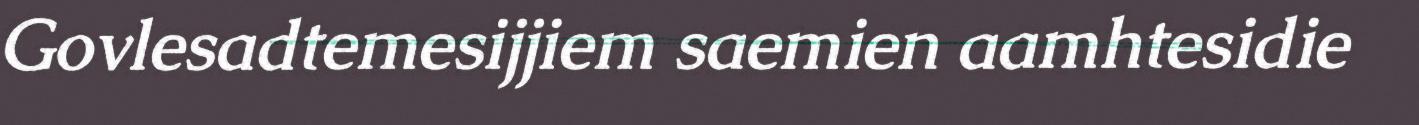
Govlesadtemesijjiem saemien aamhtesidie